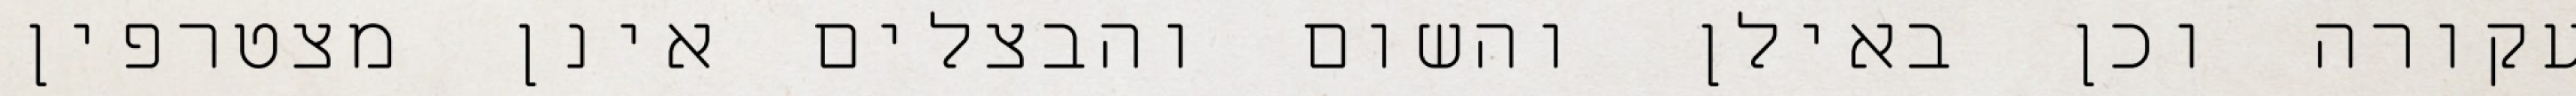
עקורה וכן באילן והשום והבצלים אינן מצטרפין